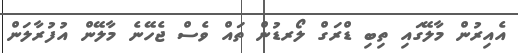
އެއިރުން މާލޭގައި ތިބި ޑްރަގް ލޯރޑުން ތައް ވެސް ޖެހޭނެ މާލޭން އުފުރާލަން